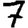
Digit: 7